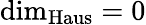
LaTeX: \dim_{\operatorname{Haus}}=0